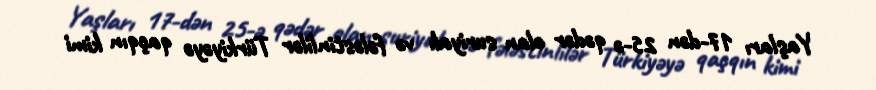
Yaşları 17-dən 25-ə qədər olan suriyalı və fələstinlilər Türkiyəyə qaçqın kimi